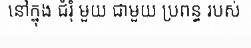
នៅក្នុង ជំរុំ មួយ ជាមួយ ប្រពន្ធ របស់